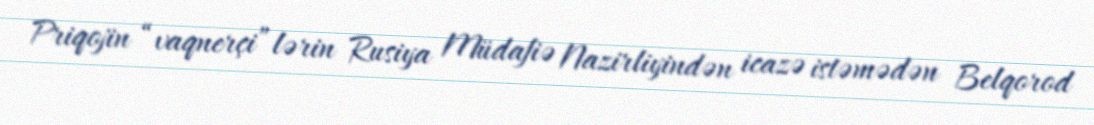
Priqojin “vaqnerçi”lərin Rusiya Müdafiə Nazirliyindən icazə istəmədən Belqorod